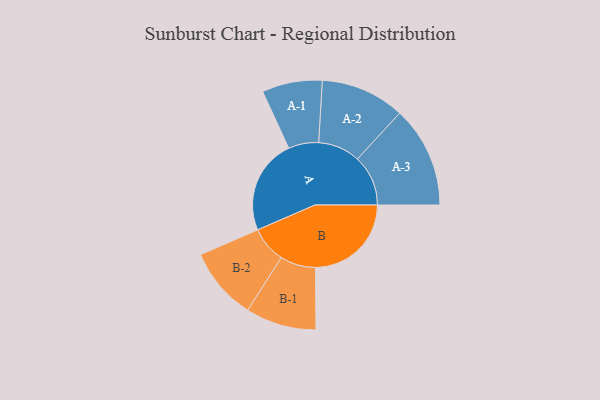
{"axis": {"x": "Segment", "y": "Value"}, "legend": ["", "A", "B"], "data": [{"x": "A", "y": 397, "type": ""}, {"x": "B", "y": 401, "type": ""}, {"x": "A-1", "y": 126, "type": "A"}, {"x": "A-2", "y": 176, "type": "A"}, {"x": "A-3", "y": 212, "type": "A"}, {"x": "B-1", "y": 148, "type": "B"}, {"x": "B-2", "y": 152, "type": "B"}]}